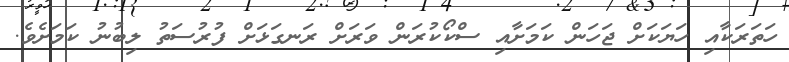
ހަތަރަކާއި ހަޔަކަށް ޖަހަން ކަމަށާއި ސްކޯކުރަން ވަރަށް ރަނގަޅަށް ފުރުސަތު ލިބުނު ކަމަށެވެ.